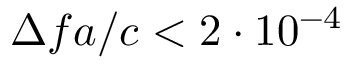
\Delta f a / c < 2 \cdot 1 0 ^ { - 4 }